Report of the Bombay Plague Committee
Disease focus: Plague
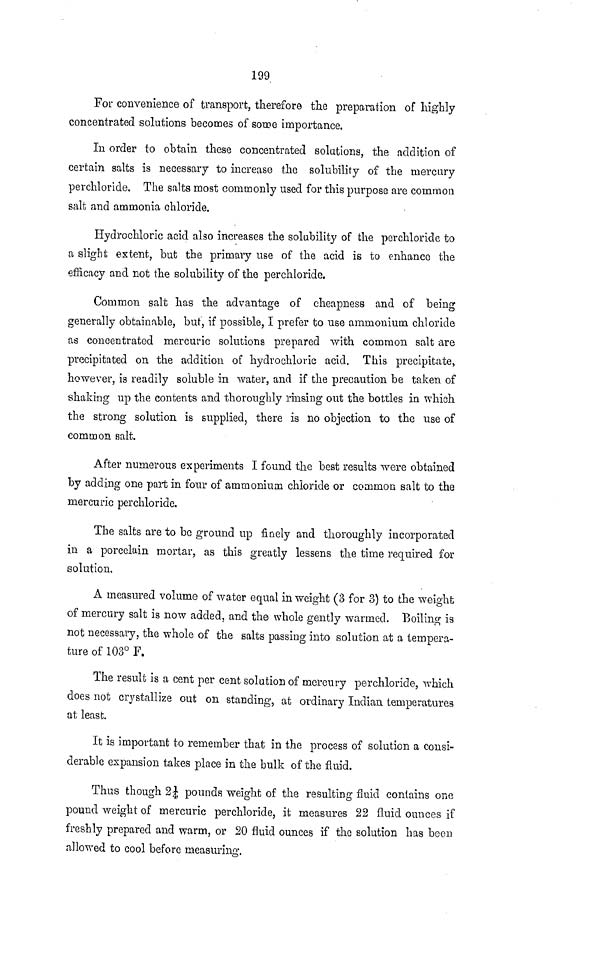
199
For convenience of transport, therefore the preparation of highly
concentrated solutions becomes of some importance.
In order to obtain these concentrated solations, the addition of
certain salts is necessary to increase the solubility of the mercury
perchloride. The salts most commonly used for this purpose are common
salt and ammonia chloride.
Hydrochloric acid also increases the solubility of the perchloride to
a slight extent, but the primary use of the acid is to enhance the
efficacy and not the solubility of the perchloride.
Common salt has the advantage of cheapness and of being
generally obtainable, but, if possible, I prefer to use ammonium chloride
as concentrated mercuric solutions prepared with common salt are
precipitated on the addition of hydrochloric acid. This precipitate,
however, is readily soluble in water, and if the precaution be taken of
shaking up the contents and thoroughly rinsing out the bottles in which
the strong solution is supplied, there is no objection to the use of
common salt.
After numerous experiments I found the best results were obtained
by adding one part in four of ammonium chloride or common salt to the
mercuric perchloride.
The salts are to be ground up finely and thoroughly incorporated
in a porcelain mortar, as this greatly lessens the time required for
solution.
A measured volume of water equal in weight (3 for 3) to the weight
of mercury salt is now added, and the whole gently warmed. Boiling is
not necessary, the whole of the salts passing into solution at a tempera-
ture of 103° F.
The result is a cent per cent solution of mercury perchloride, which
does not crystallize out on standing, at ordinary Indian temperatures
at least.
It is important to remember that in the process of solution a consi-
derable expansion takes place in the bulk of the fluid.
Thus though 21/4 pounds weight of the resulting fluid contains one
pound weight of mercuric perchloride, it measures 22 fluid ounces if
freshly prepared and warm, or 20 fluid ounces if the solution has been
allowed to cool before measuring.